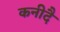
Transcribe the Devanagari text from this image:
कनीदै